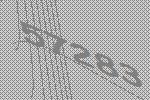
57283